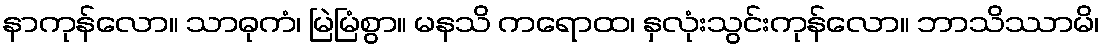
နာကုန်လော။ သာဓုကံ၊ မြဲမြံစွာ။ မနသိ ကရောထ၊ နှလုံးသွင်းကုန်လော။ ဘာသိဿာမိ၊